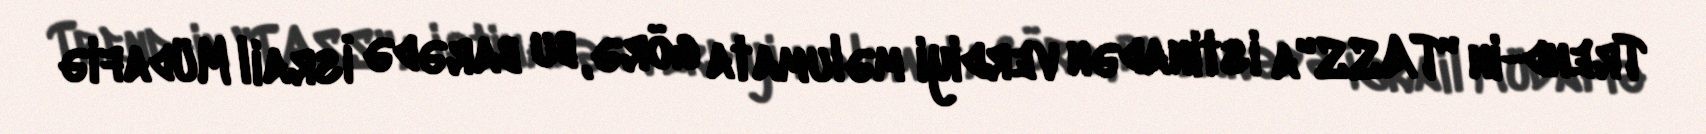
Trend-in "TASS"a istinadən verdiyi məlumata görə, bu barədə İsrail Müdafiə